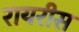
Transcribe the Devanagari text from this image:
रायरीस